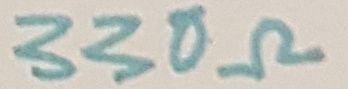
Text: 330Ω